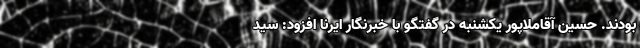
بودند. حسین آقاملاپور یکشنبه در گفتگو با خبرنگار ایرنا افزود: سید